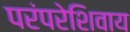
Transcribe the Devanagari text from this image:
परंपरेशिवाय